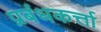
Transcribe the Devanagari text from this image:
प्रबंधकर्त्ता